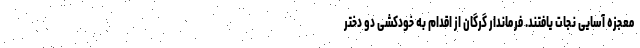
معجزه آسایی نجات یافتند. فرماندار گرگان از اقدام به خودکشی دو دختر